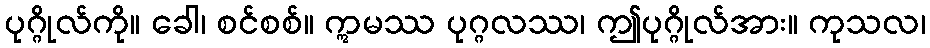
ပုဂ္ဂိုလ်ကို။ ခေါ၊ စင်စစ်။ ဣမဿ ပုဂ္ဂလဿ၊ ဤပုဂ္ဂိုလ်အား။ ကုသလ၊